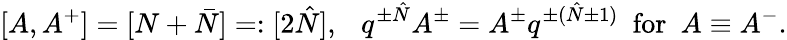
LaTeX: [A,A^{+}]=[N+\bar{N}]=:[2\hat{N}],\ \ \ q^{\pm\hat{N}}A^{\pm}=A^{\pm}q^{\pm(\hat{N}\pm 1)}\ \ \mathrm{for}\ \ A\equiv A^{-}.